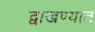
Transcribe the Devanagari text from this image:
द्वाखण्यात